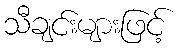
သီချင်းများဖြင့်